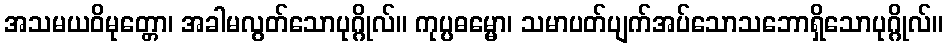
အသမယဝိမုတ္တော၊ အခါမလွတ်သောပုဂ္ဂိုလ်။ ကုပ္ပဓမ္မော၊ သမာပတ်ပျက်အပ်သောသဘောရှိသောပုဂ္ဂိုလ်။